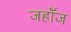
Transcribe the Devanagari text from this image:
जहाँज